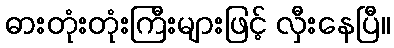
ဓားတုံးတုံးကြီးများဖြင့် လှီးနေပြီ။